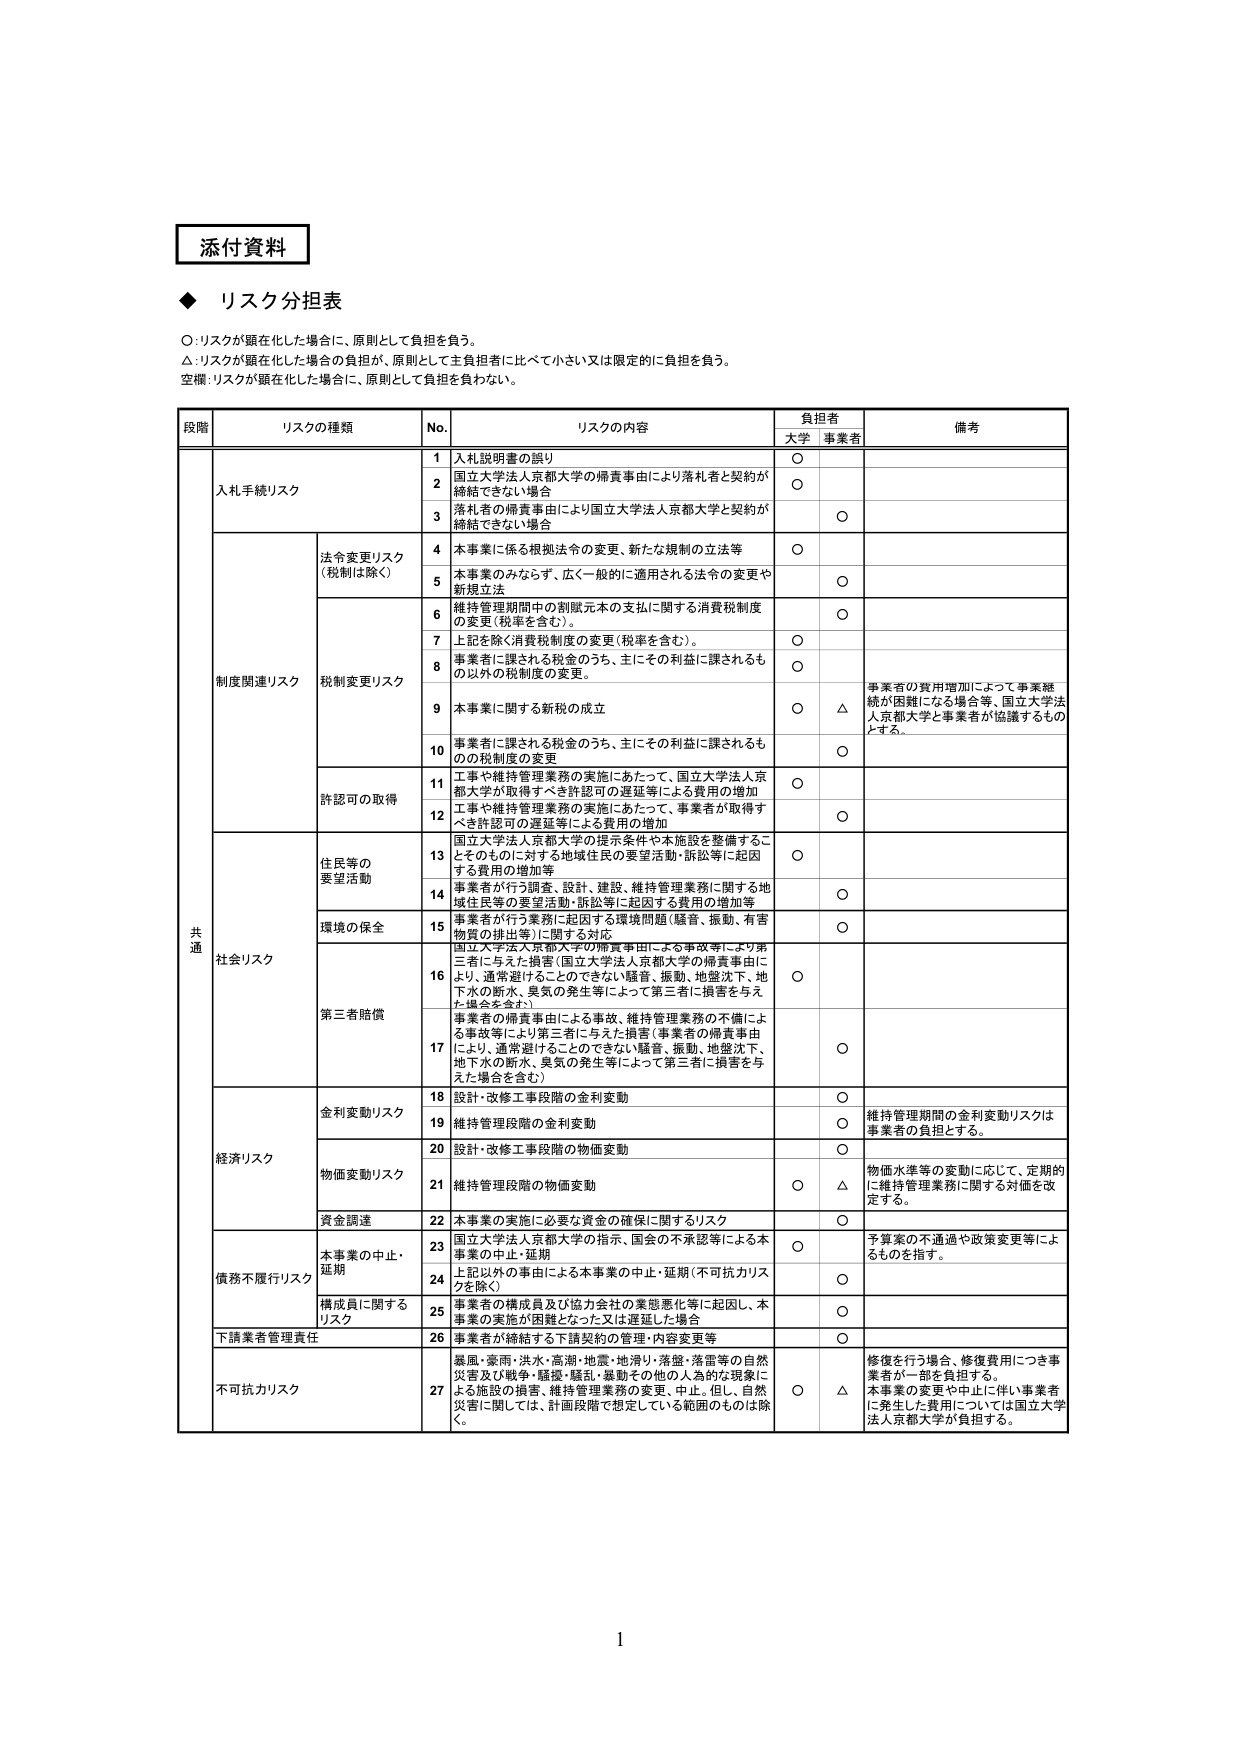
添付資料

◆ リスク分担表

○：リスクが顕在化した場合に、原則として負担を負う。
△：リスクが顕在化した場合の負担が、原則として主負担者に比べて小さい又は限定的に負担を負う。
空欄：リスクが顕在化した場合に、原則として負担を負わない。

段階 リスクの種類 No. リスクの内容 負担者 備考